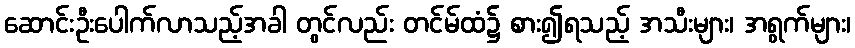
ဆောင်းဦးပေါက်လာသည့်အခါ တွင်လည်း တင်မ်ထံ၌ စား၍ရသည့် အသီးများ၊ အရွက်များ၊